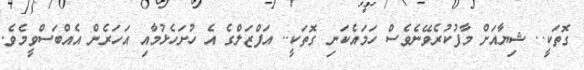
ގޮތަކީ.. ޝިޔާއަށް މާފުކުރެވޭނެވެސް ހަމައެކަނި ގޮތަކީ.. އަފްޒަލްގެ އެ ހުށަހެޅުމާއި އަހަރެން އެއްބަސްވީމެވެ.